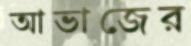
আভাজের